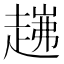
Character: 𧼗